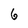
Character: 6